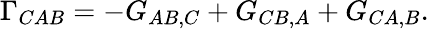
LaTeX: \Gamma_{CAB}=-G_{AB,C}+G_{CB,A}+G_{CA,B}.